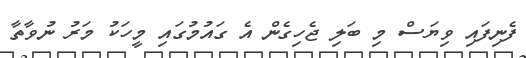
ފެނިފައި ވިޔަސް މި ބަލި ޖެހިގެން އެ ގައުުމުގައި މީހަކު މަރު ނުވާތާ